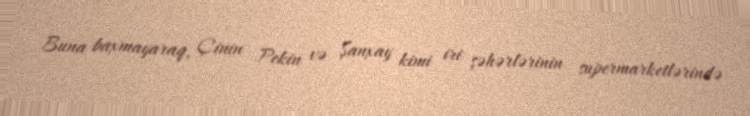
Buna baxmayaraq, Çinin Pekin və Şanxay kimi iri şəhərlərinin supermarketlərində